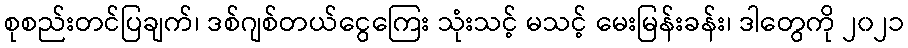
စုစည်းတင်ပြချက်၊ ဒစ်ဂျစ်တယ်ငွေကြေး သုံးသင့် မသင့် မေးမြန်းခန်း၊ ဒါတွေကို ၂၀၂၁